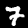
Digit: 7